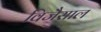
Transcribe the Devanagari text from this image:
विजैसाल